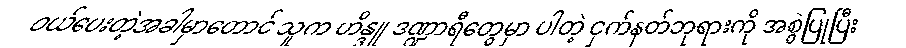
ဝယ်ပေးတဲ့အခါမှာတောင် သူက ဟိန္ဒူ ဒဏ္ဍာရီတွေမှာ ပါတဲ့ ငှက်နတ်ဘုရားကို အစွဲပြုပြီး